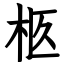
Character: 柩